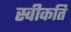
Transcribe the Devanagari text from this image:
स्वीकति